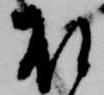
殿